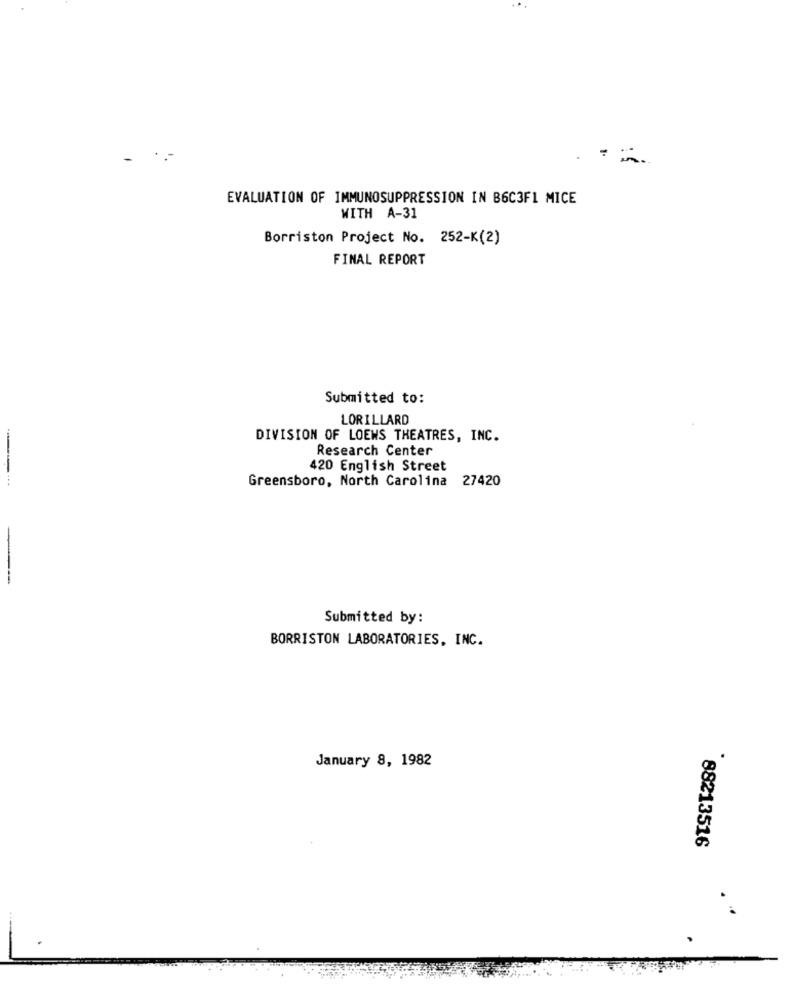
EVALUATION OF IMMUNOSUPPRESSION IN B6C3F1 MICE
WITH A-31
Borriston Project No. 252-K(2)
FINAL REPORT
Submitted to:
LORILLARD
DIVISION OF LOEWS THEATRES, INC.
Research Center
420 English Street
Greensboro, North Carolina 27420
Submitted by:
BORRISTON LABORATORIES, INC.
January 8, 1982
88213516